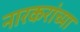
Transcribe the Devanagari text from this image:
नारकरांच्या